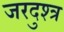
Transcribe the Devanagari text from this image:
जरदुश्त्र